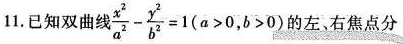
11.已知双曲 线 $$\frac { x ^ { 2 } } { a ^ { 2 } } - \frac { y ^ { 2 } } { b ^ { 2 } } = 1 ( a > 0 , b > 0 )$$ 的左，右焦点分